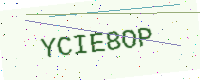
Text: YCIE8OP